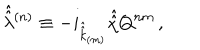
\hat { \hat { \lambda } } { } ^ { ( n ) } \equiv - i _ { \hat { \hat { k } } _ { \scriptscriptstyle ( m ) } } \hat { \hat { \chi } } Q ^ { n m } \, ,